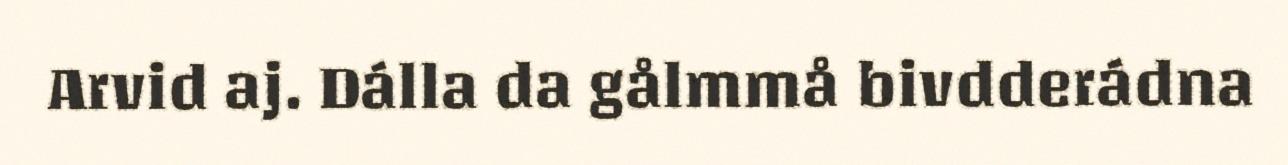
Arvid aj. Dálla da gålmmå bivdderádna